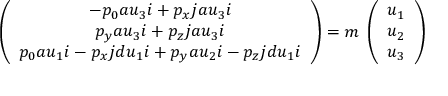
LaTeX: \left( \begin{array} { c } { { - p _ { 0 } a u _ { 3 } i + p _ { x } j a u _ { 3 } i } } \\ { { p _ { y } a u _ { 3 } i + p _ { z } j a u _ { 3 } i } } \\ { { p _ { 0 } a u _ { 1 } i - p _ { x } j d u _ { 1 } i + p _ { y } a u _ { 2 } i - p _ { z } j d u _ { 1 } i } } \end{array} \right) = m \; \left( \begin{array} { c } { { u _ { 1 } } } \\ { { u _ { 2 } } } \\ { { u _ { 3 } } } \end{array} \right)